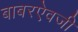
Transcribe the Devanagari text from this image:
बाबरऐवजी